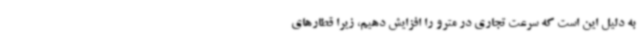
به دلیل این است که سرعت تجاری در مترو را افزایش دهیم، زیرا قطارهای